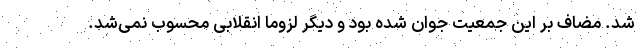
شد. مضاف بر این جمعیت جوان شده بود و دیگر لزوماً انقلابی محسوب نمی‌شد.